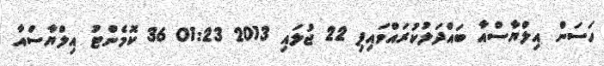
ހަސަން އިލްޔާސްއާ ބައްދަލުކުރައްވައިފި 22 ޖުލައި 2013 01:23 36 ކޮމެންޓު އިލްޔާސްއާ